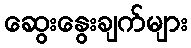
ဆွေးနွေးချက်များ